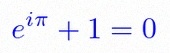
e^{i\pi}+1=0